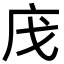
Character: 㡲